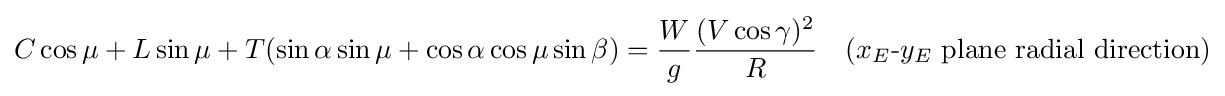
C\cos {\mu }+L\sin {\mu }+T(\sin {\alpha }\sin {\mu }+\cos {\alpha }\cos {\mu }\sin {\beta })={\frac {W}{g}}{\frac {(V\cos {\gamma })^{2}}{R}}\quad (x_{E}{\text{-}}y_{E}{\text{ plane radial direction}})